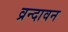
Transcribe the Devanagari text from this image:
व्रन्दावन